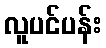
လူပင်ပန်း